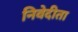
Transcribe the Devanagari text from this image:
निवेदीता